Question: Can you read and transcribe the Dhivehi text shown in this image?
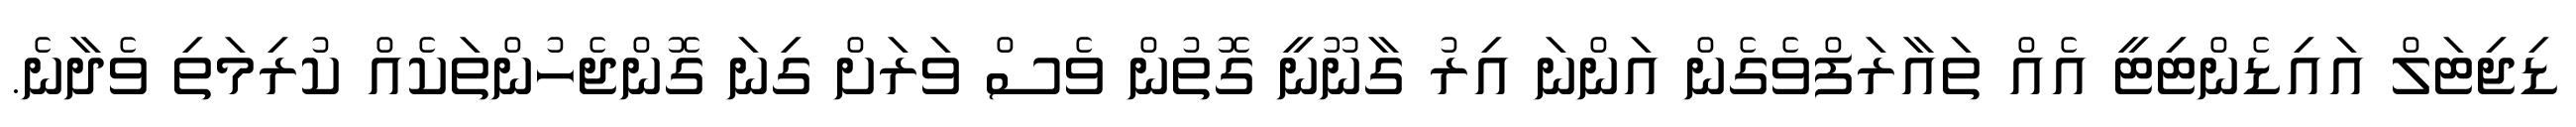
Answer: ޑިޖިޓަލް އައިޑެންޓިޓީ އެއް ތައާރަފްވެގެން އަންނަ އިރު ގާނޫނީ ގޮތުން ވެސް ވަރަށް ގިނަ ގޮންޖެހުންތަކެއް ކުރިމަތި ވެދާނެ.